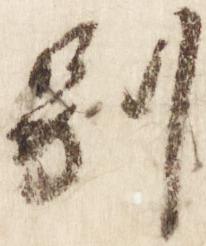
別